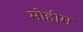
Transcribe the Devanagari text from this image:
मोेहीम